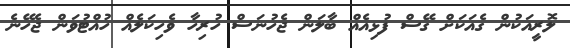
ލޮރީއަކުން ގެއަކަށް ގޭސް ފުޅިއެއް ބާލަން ޖެހުނަސް ހުރިހާ ވެހިކަލެއް ހުއްޓުވަން ޖެހޭނެ